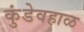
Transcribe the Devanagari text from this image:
कुंडेवहाळ